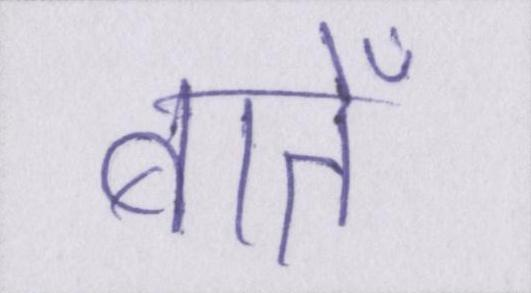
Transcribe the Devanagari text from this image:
बातेँ